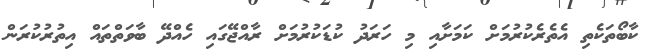
ކާބޯތަކެތި އެތެރެކުރުމަށް ކަމަށާއި މި ހަރަދު ކުޑަކުރުމަށް ރާއްޖޭގައި ހެއްދޭ ބާވަތްތައް އިތުރުކުރަން